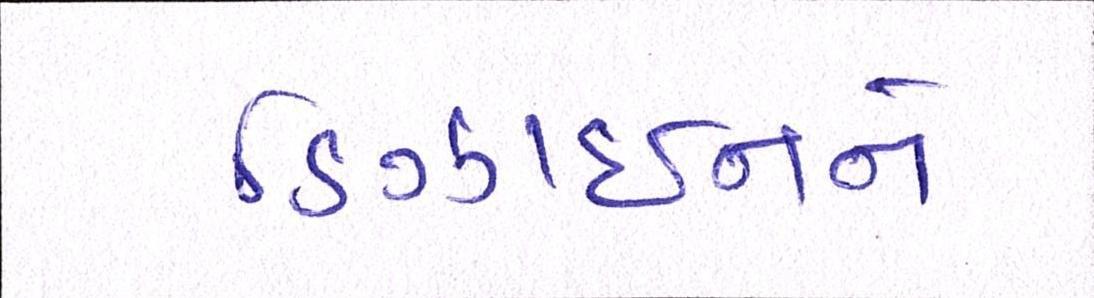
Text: ડિઝાઈનને